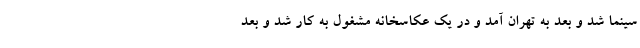
سینما شد و بعد به تهران آمد و در یک عکاسخانه مشغول به کار شد و بعد